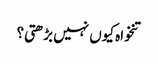
تنخواہ کیوں نہیں بڑھتی؟